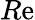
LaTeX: R\mathrm{e}